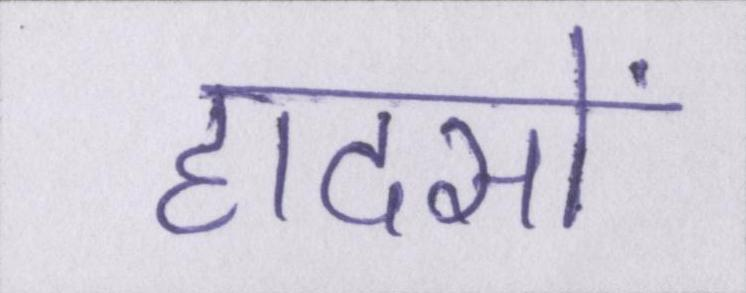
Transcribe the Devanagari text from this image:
हादसों